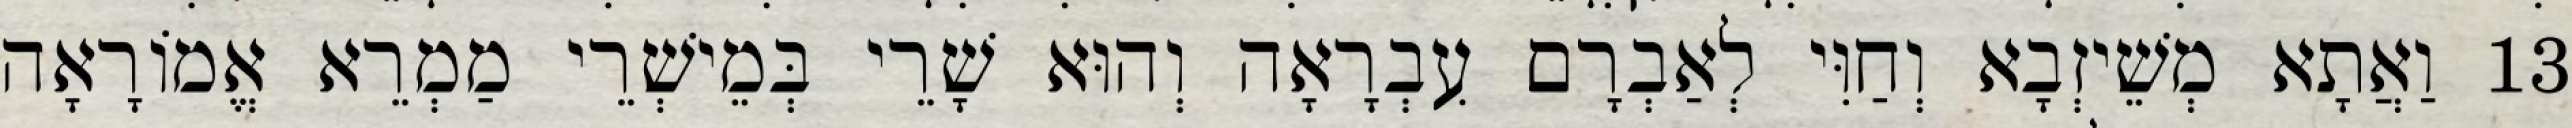
13 וַאֲתָא מְשֵׁיזְבָא וְחַוִּי לְאַבְרָם עִבְרָאָה וְהוּא שָׁרֵי בְּמֵישְׁרֵי מַמְרֵא אֱמוֹרָאָה